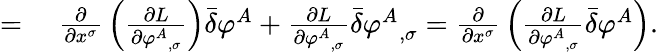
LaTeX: \begin{array}{rl}{={}}&{{}{\frac{\partial}{\partial x^{\sigma}}}\left({\frac{\partial L}{\partial{\varphi^{A}}_{,\sigma}}}\right){\bar{\delta}}\varphi^{A}+{\frac{\partial L}{\partial{\varphi^{A}}_{,\sigma}}}{\bar{\delta}}{\varphi^{A}}_{,\sigma}={\frac{\partial}{\partial x^{\sigma}}}\left({\frac{\partial L}{\partial{\varphi^{A}}_{,\sigma}}}{\bar{\delta}}\varphi^{A}\right).}\end{array}